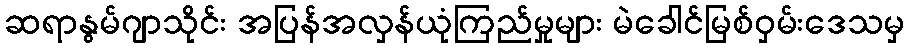
ဆရာနွမ်ဂျာသိုင်း အပြန်အလှန်ယုံကြည်မှုများ မဲခေါင်မြစ်ဝှမ်းဒေသမှ